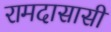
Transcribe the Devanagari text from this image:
रामदासासी